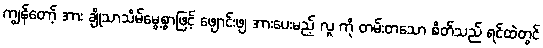
ကျွန်တော့် အား ချိုသာသိမ်မွေ့စွာဖြင့် ဖျောင်းဖျ အားပေးမည့် လူ ကို တမ်းတသော စိတ်သည် ရင်ထဲတွင်